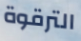
الترقوة